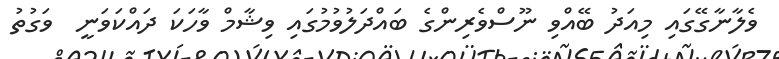
ވެލާނާގޭގައި މިއަދު ބޭއްވި ނޫސްވެރިންގެ ބައްދަލުވުމުގައި ވިޝާމް ވާހަކަ ދައްކަވަނީ  ވަގުތު